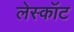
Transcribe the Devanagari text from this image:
लेस्कॉट